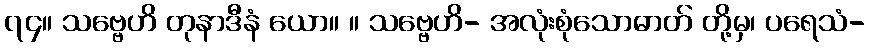
၇၄။ သဗ္ဗေဟိ တုနာဒီနံ ယော။ ။ သဗ္ဗေဟိ- အလုံးစုံသောဓာတ် တို့မှ၊ ပရေသံ-